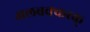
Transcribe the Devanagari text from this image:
अलबक्करक्